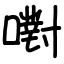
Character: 嚉